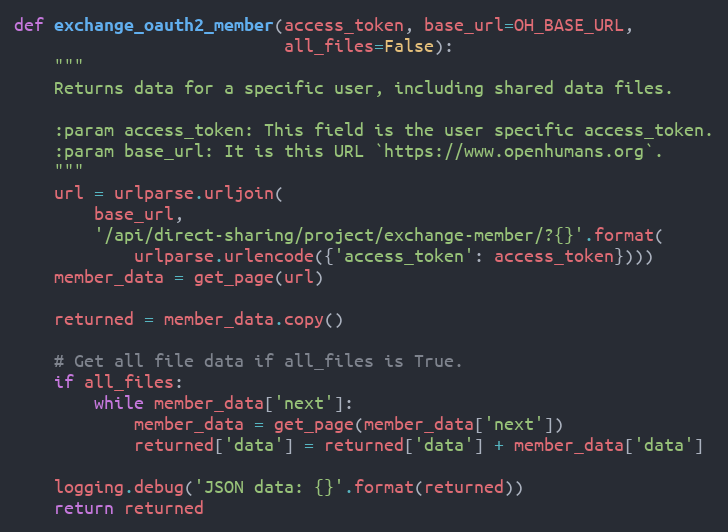
Language: Python
def exchange_oauth2_member(access_token, base_url=OH_BASE_URL,
                           all_files=False):
    """
    Returns data for a specific user, including shared data files.

    :param access_token: This field is the user specific access_token.
    :param base_url: It is this URL `https://www.openhumans.org`.
    """
    url = urlparse.urljoin(
        base_url,
        '/api/direct-sharing/project/exchange-member/?{}'.format(
            urlparse.urlencode({'access_token': access_token})))
    member_data = get_page(url)

    returned = member_data.copy()

    # Get all file data if all_files is True.
    if all_files:
        while member_data['next']:
            member_data = get_page(member_data['next'])
            returned['data'] = returned['data'] + member_data['data']

    logging.debug('JSON data: {}'.format(returned))
    return returned